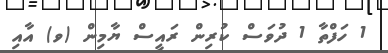
1 ހަފްތާ 1 ދުވަސް ކުރިން ރައީސް ޔާމިން (ވ) އާއި